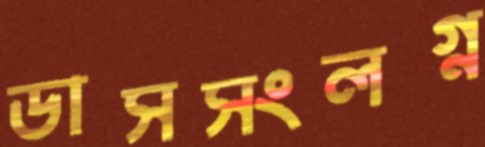
ডাসসংলগ্ন